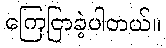
ကြေငြာခဲ့ပါတယ်။